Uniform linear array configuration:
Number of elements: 48
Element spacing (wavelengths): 0.25
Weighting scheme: exponential
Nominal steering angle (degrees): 0
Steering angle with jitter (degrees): -0.08875
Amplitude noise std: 0.05
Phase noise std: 0.05

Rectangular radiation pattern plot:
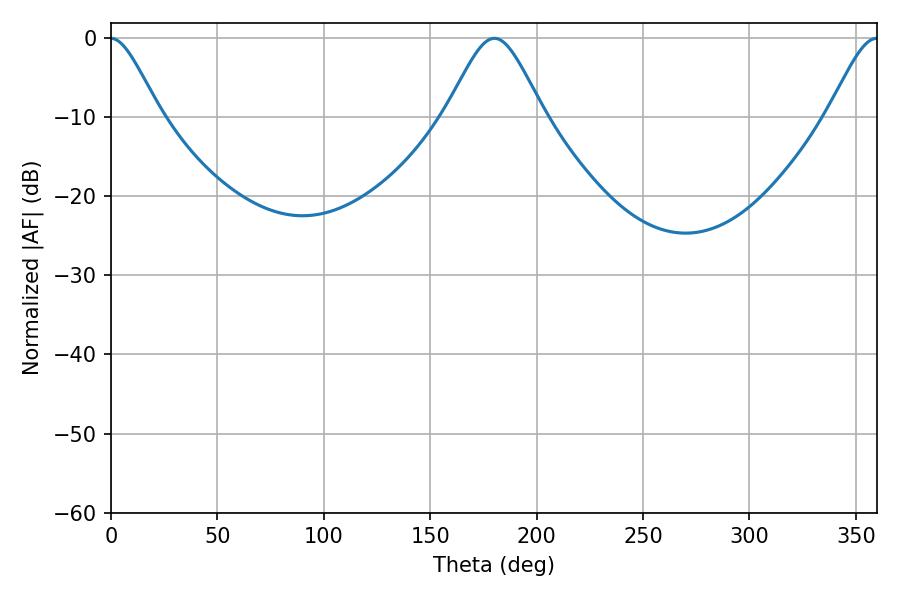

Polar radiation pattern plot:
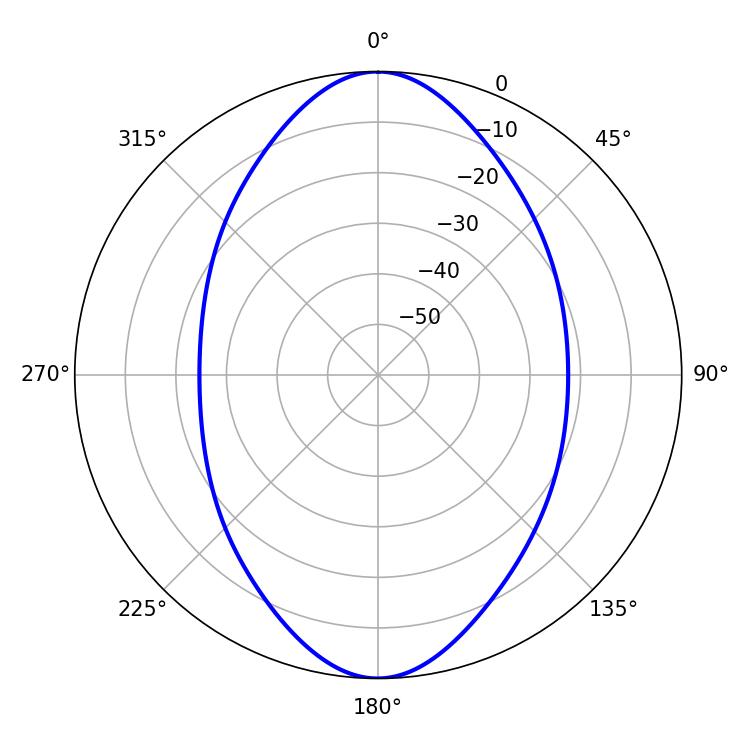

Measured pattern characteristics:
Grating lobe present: FALSE
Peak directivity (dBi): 27.103
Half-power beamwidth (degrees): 22.68
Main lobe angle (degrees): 180.18